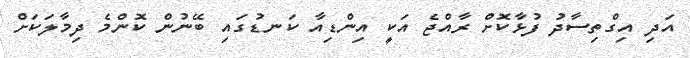
އަދި އިގްތިސާދު ފުޅާކޮށް ރާއްޖެ އަކީ އިންޑިއާ ކަނޑުގައި ބޭނުން ކޮންމެ ދިމާލަކަށް